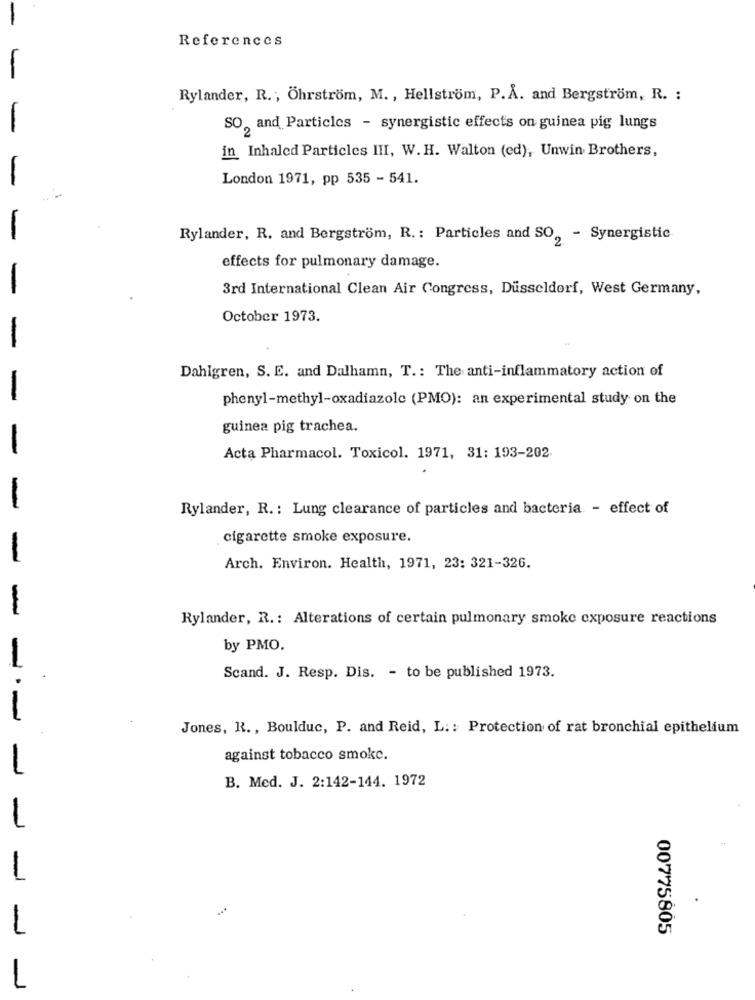
References
Rylander, R. ; Ohrstrom, M. , Hellström, P.A. and Bergström, R. :
SO, and Particles - synergistic effects on guinea pig lungs
in Inhaled Particles III, W.H. Walton (ed), Unwin Brothers,
London 1971, pp 535 - 541.
Rylander, R. and Bergström, R .: Particles and SO, - Synergistic
effects for pulmonary damage.
3rd International Clean Air Congress, Düsseldorf, West Germany,
October 1973.
Dahlgren, S. E. and Dalhamn, T .: The anti-inflammatory action of
phenyl-methyl-oxadiazole (PMO): an experimental study on the
guinea pig trachea.
Acta Pharmacol. Toxicol. 1971, 31: 193-202.
-
Rylander, R. : Lung clearance of particles and bacteria - effect of
cigarette smoke exposure.
-
Arch. Environ. Health, 1971, 23: 321-326.
Rylander, R .: Alterations of certain pulmonary smoke exposure reactions
by PMO.
Scand. J. Resp. Dis. - to be published 1973.
Jones, R. , Boulduc, P. and Reid, L .: Protection of rat bronchial epithelium
against tobacco smoke.
----
B. Med. J. 2:142-144. 1972
-
1
00775805
L